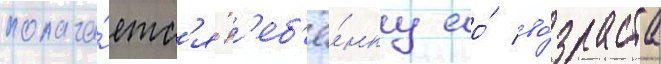
полага́етс'я р'еб'ё́нку ео́ во́зраста